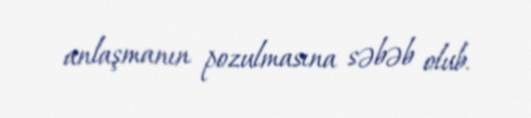
anlaşmanın pozulmasına səbəb olub.